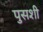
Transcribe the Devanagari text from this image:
पुसशी